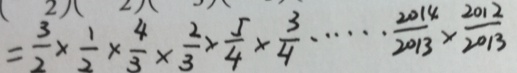
= \frac { 3 } { 2 } \times \frac { 1 } { 2 } \times \frac { 4 } { 3 } \times \frac { 2 } { 3 } \times \frac { 5 } { 4 } \times \frac { 3 } { 4 } \cdots \frac { 2 0 1 4 } { 2 0 1 3 } \times \frac { 2 0 1 2 } { 2 0 1 3 }